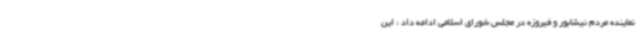
نماینده مردم نیشابور و فیروزه در مجلس شورای اسلامی ادامه داد : این